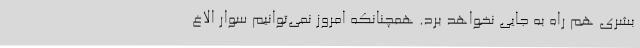
بشری هم راه به جایی نخواهد برد. همچنانکه امروز نمی‌توانیم سوار الاغ